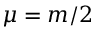
\mu = m / 2